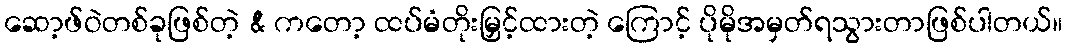
ဆော့ဖ်ဝဲတစ်ခုဖြစ်တဲ့ & ကတော့ ထပ်မံတိုးမြှင့်ထားတဲ့ ကြောင့် ပိုမိုအမှတ်ရသွားတာဖြစ်ပါတယ်။